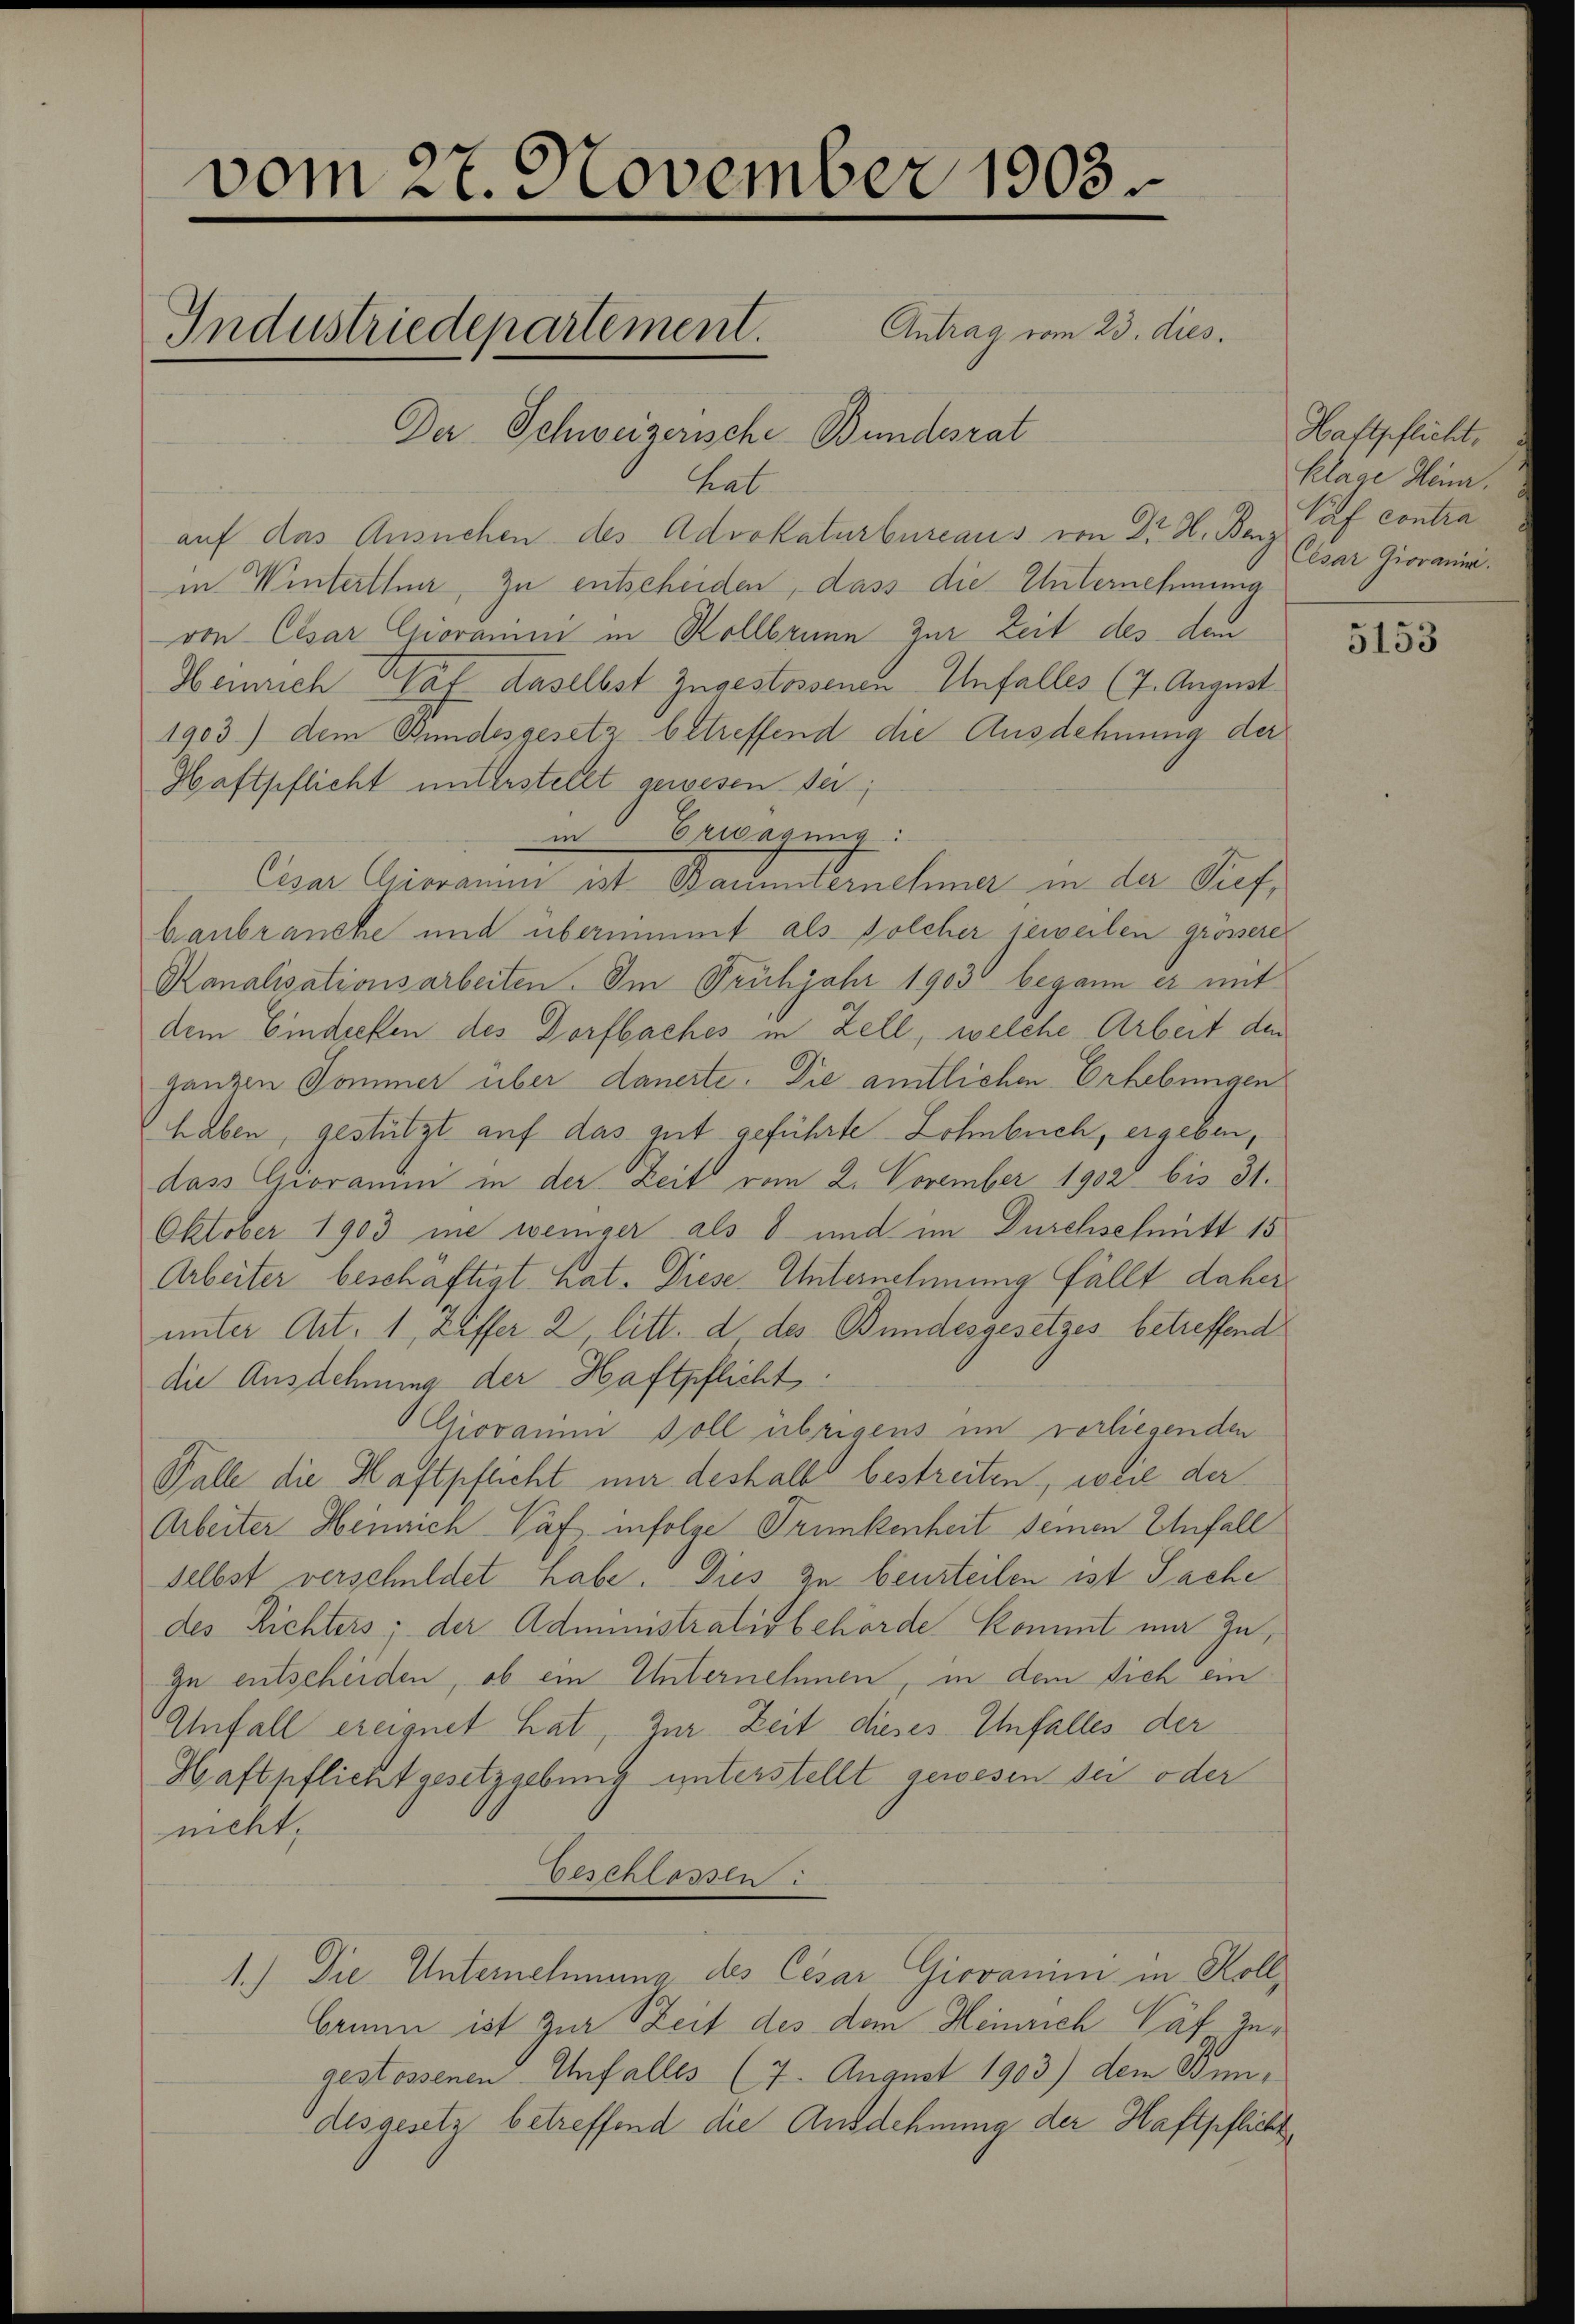
vom 27. November 1903.
Antrag vom 23. dies.
Industriedepartement.
Der Schweizerische Bundesrat

hat
auf das Ansuchen des Advokaturbureaus von Dr. H. Berz
in Winterthur, zu entscheiden, dass die Unternehmung
von Cesar Chioramni in Kollbrunn zur Zeit des den
Heinrich af daselbst Zugestossenen Unfalles (7. August
1903) dem Bundesgesetz betreffend die Ausdehnung der
Haftpflicht unterstellt gewesen sei;
in Erwägung:
Cesa Eimann aut Bahnstruchmar in da Sieh
banbranche und übernimmt als solcher jeweilen grössere
Kanalisationsarbeiten. Im Frühjahr 1903 begann er mit
dem Eindecken des Dorfbaches in Zell, welche Arbeit den
ganzen Sommer über dauerte. Die amtlichen Erhebungen
haben, gestützt auf das gut geführte Lohnbuch, ergeben,
dass Gioramni in der Zeit vom 2. November 1902 bis 31.
Oktober 1903 me weniger als 8 und im Durchschmitt 15
Arbeiter beschäftigt hat. Diese Unternehmung fällt daher
unter Art. 1, Ziffer 2, litt. d des Bundesgesetzes betreffend
die Ausdehnung der Haftpflicht:
Giovanni Doll übrigens im vorliegenden
Falle die Haftpflicht nur deshalb bestreiten, weil der
Arbeiter Heinrich Paf infolge Trunkenheit seinen Einfall
selbst verschuldet habe. Dies zu beurteilen ist Sache
des Richters; der Administrativbehörde kommt ma zuzu entscheiden, ob ein Unternehmen in dem sich ein
Unfall ereignet hat, zur Zeit dieses Unfalles der
Haftpflicht gesetzgebung unterstellt gewesen sei oder
nicht,
Beschlos
1.) Die Unternehmung des Cesar Giovanimi in Rollbrunn ist zur Zeit des dem Heinrich Päf Zugestossenen Unfalles (7. August 1903) dem Bundesgesetz betreffend die Ausdehnung der Haftpflicht¬

Haftpflicht,
Klage Heinr.
Paf contra
Cesar Giovania.

5153